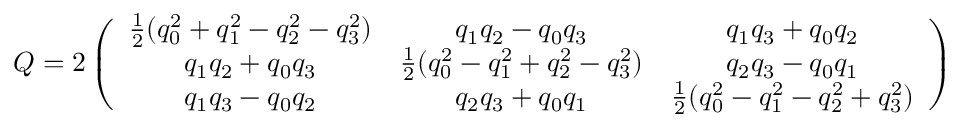
\begin{array} { r } { Q = 2 \left( \begin{array} { c c c c } { \frac { 1 } { 2 } ( q _ { 0 } ^ { 2 } + q _ { 1 } ^ { 2 } - q _ { 2 } ^ { 2 } - q _ { 3 } ^ { 2 } ) } & { q _ { 1 } q _ { 2 } - q _ { 0 } q _ { 3 } } & { q _ { 1 } q _ { 3 } + q _ { 0 } q _ { 2 } } \\ { q _ { 1 } q _ { 2 } + q _ { 0 } q _ { 3 } } & { \frac { 1 } { 2 } ( q _ { 0 } ^ { 2 } - q _ { 1 } ^ { 2 } + q _ { 2 } ^ { 2 } - q _ { 3 } ^ { 2 } ) } & { q _ { 2 } q _ { 3 } - q _ { 0 } q _ { 1 } } \\ { q _ { 1 } q _ { 3 } - q _ { 0 } q _ { 2 } } & { q _ { 2 } q _ { 3 } + q _ { 0 } q _ { 1 } } & { \frac { 1 } { 2 } ( q _ { 0 } ^ { 2 } - q _ { 1 } ^ { 2 } - q _ { 2 } ^ { 2 } + q _ { 3 } ^ { 2 } ) } \end{array} \right) . } \end{array}